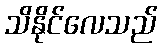
သိနိုင်လေသည်